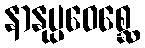
နာနုပ္ပဝေစ္ဆေ